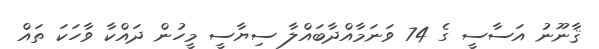
ޤާނޫނު އަސާސީ ގެ 74 ވަނަމާއްދާބައްލާ ސިޔާސީ މީހުން ދައްކާ ވާހަކަ ތައް